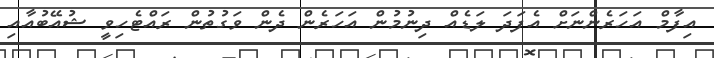
އިފާމް އަހަރެންނަށް އެފަދަ ލަޑެއް ދިނުމުން އަހަރެން ދެން ވަގުތުން ރައްޓެހިވީ ޝުއޭބުއާއި